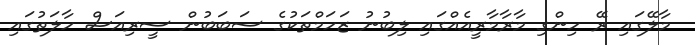
މާލޭގައި ރޭ ހިންގި މާރާމާރީއެއްގައި ލިބުނު ޒަހަމްތަކުގެ ސަބަބުން ސީރިއަސް ހާލަތުގައި